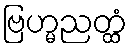
ဗြဟ္မညတ္ထံ